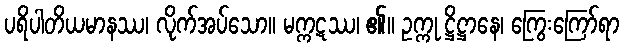
ပရိပါတိယမာနဿ၊ လိုက်အပ်သော။ မက္ကဋဿ၊ ၏။ ဥက္ကု ဋ္ဌိဋ္ဌာနေ၊ ကြွေးကြော်ရာ